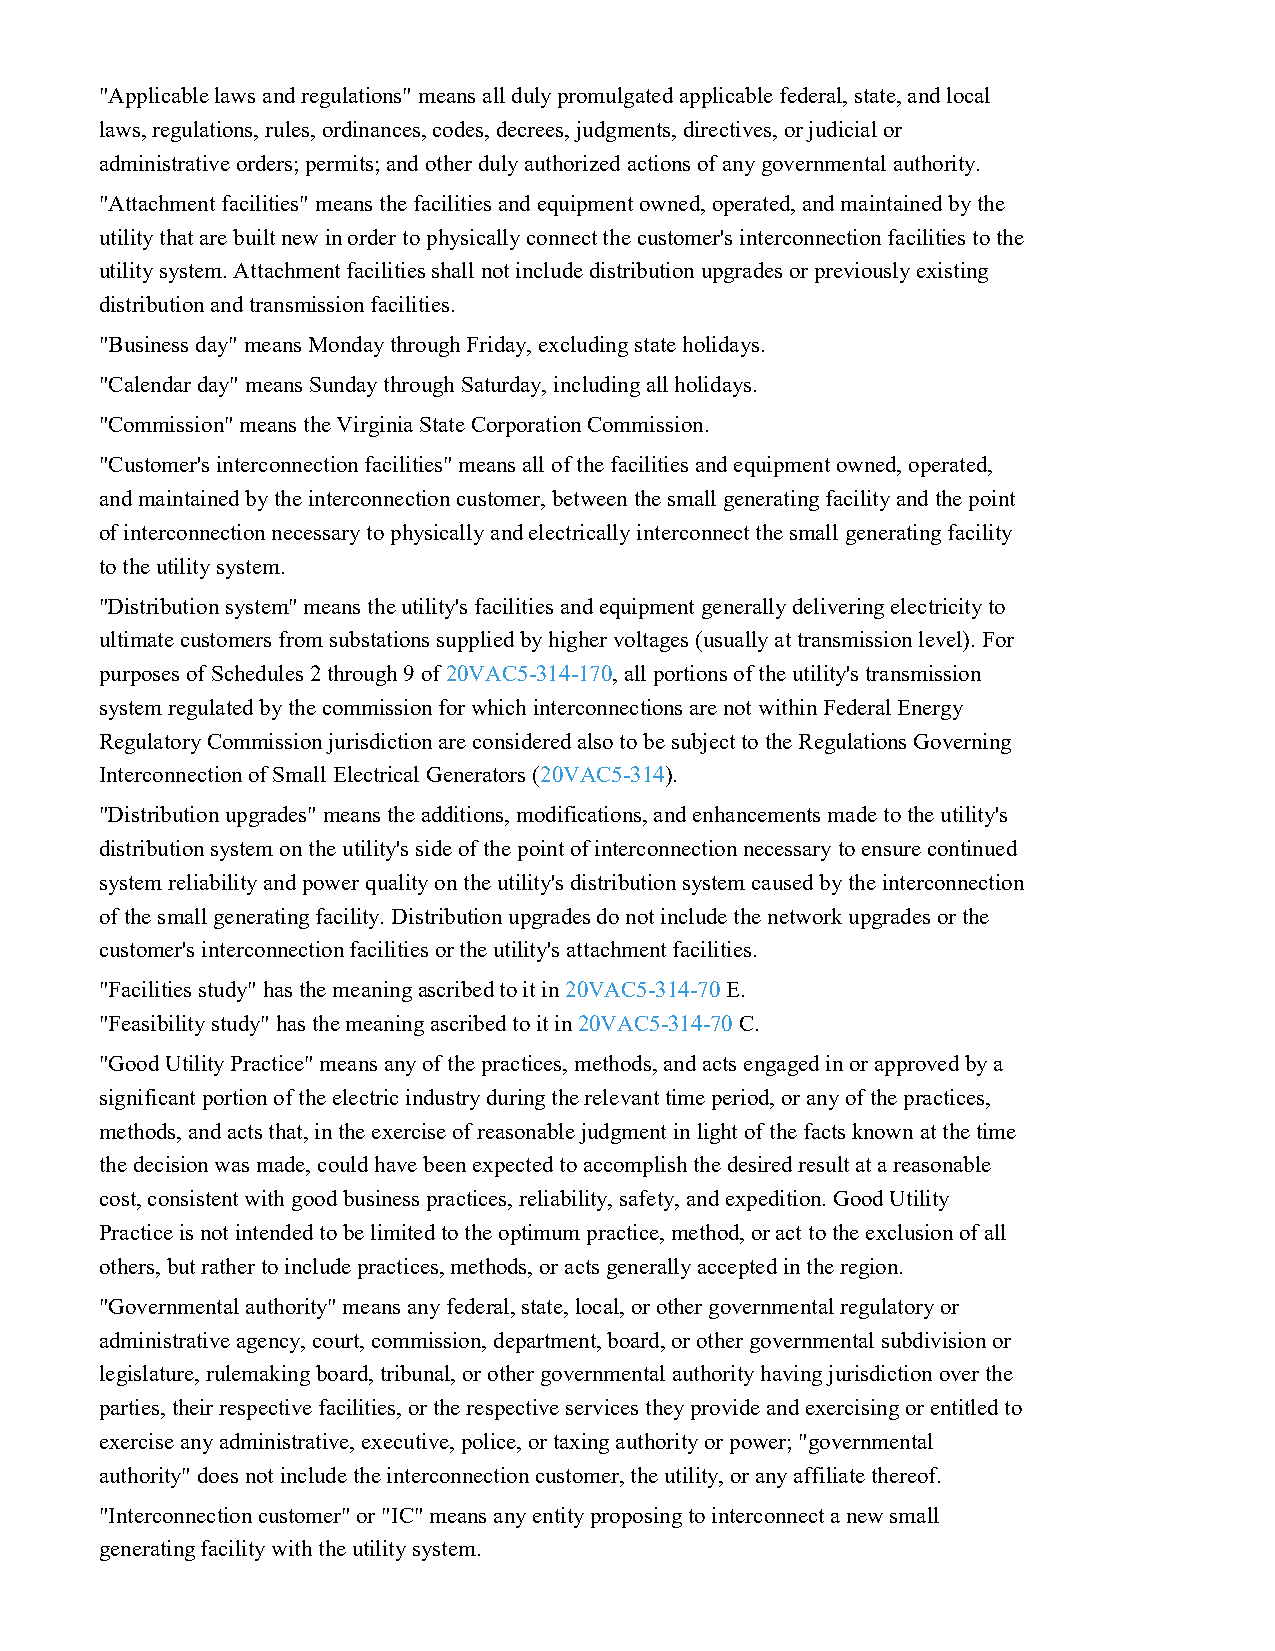
"Applicable laws and regulations" means all duly promulgated applicable federal, state, and local
 laws, regulations, rules, ordinances, codes, decrees, judgments, directives, or judicial or
 administrative orders; permits; and other duly authorized actions of any governmental authority.
 "Attachment facilities" means the facilities and equipment owned, operated, and maintained by the
 utility that are built new in order to physically connect the customer's interconnection facilities to the
 utility system. Attachment facilities shall not include distribution upgrades or previously existing
 distribution and transmission facilities.
 "Business day" means Monday through Friday, excluding state holidays.
 "Calendar day" means Sunday through Saturday, including all holidays.
 "Commission" means the Virginia State Corporation Commission.
 "Customer's interconnection facilities" means all of the facilities and equipment owned, operated,
 and maintained by the interconnection customer, between the small generating facility and the point
 of interconnection necessary to physically and electrically interconnect the small generating facility
 to the utility system.
 "Distribution system" means the utility's facilities and equipment generally delivering electricity to
 ultimate customers from substations supplied by higher voltages (usually at transmission level). For
 purposes of Schedules 2 through 9 of 20VAC5-314-170, all portions of the utility's transmission
 system regulated by the commission for which interconnections are not within Federal Energy
 Regulatory Commission jurisdiction are considered also to be subject to the Regulations Governing
 Interconnection of Small Electrical Generators (20VAC5-314).
 "Distribution upgrades" means the additions, modifications, and enhancements made to the utility's
 distribution system on the utility's side of the point of interconnection necessary to ensure continued
 system reliability and power quality on the utility's distribution system caused by the interconnection
 of the small generating facility. Distribution upgrades do not include the network upgrades or the
 customer's interconnection facilities or the utility's attachment facilities.
 "Facilities study" has the meaning ascribed to it in 20VAC5-314-70 E.
 "Feasibility study" has the meaning ascribed to it in 20VAC5-314-70 C.
 "Good Utility Practice" means any of the practices, methods, and acts engaged in or approved by a
 significant portion of the electric industry during the relevant time period, or any of the practices,
 methods, and acts that, in the exercise of reasonable judgment in light of the facts known at the time
 the decision was made, could have been expected to accomplish the desired result at a reasonable
 cost, consistent with good business practices, reliability, safety, and expedition. Good Utility
 Practice is not intended to be limited to the optimum practice, method, or act to the exclusion of all
 others, but rather to include practices, methods, or acts generally accepted in the region.
 "Governmental authority" means any federal, state, local, or other governmental regulatory or
 administrative agency, court, commission, department, board, or other governmental subdivision or
 legislature, rulemaking board, tribunal, or other governmental authority having jurisdiction over the
 parties, their respective facilities, or the respective services they provide and exercising or entitled to
 exercise any administrative, executive, police, or taxing authority or power; "governmental
 authority" does not include the interconnection customer, the utility, or any affiliate thereof.
 "Interconnection customer" or "IC" means any entity proposing to interconnect a new small
 generating facility with the utility system.